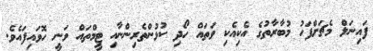
ފައިނަލް މެޗަށްފަހު މުބާރާތުގެ އެކިއެކި ވަތައް ހޯދި ކުޅުންތެރިންނާއި ޓީމްތައް ވަނީ ހޮވައިފައެވެ.